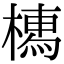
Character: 𣚐